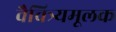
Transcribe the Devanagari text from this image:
वैचित्र्यमूलक